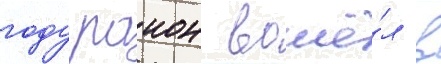
году раион вошё́л в